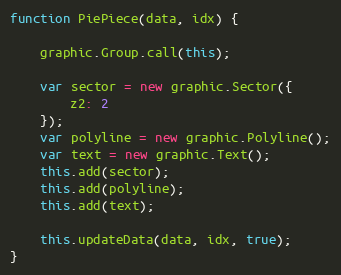
Language: JavaScript
function PiePiece(data, idx) {

    graphic.Group.call(this);

    var sector = new graphic.Sector({
        z2: 2
    });
    var polyline = new graphic.Polyline();
    var text = new graphic.Text();
    this.add(sector);
    this.add(polyline);
    this.add(text);

    this.updateData(data, idx, true);
}